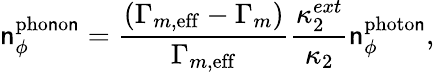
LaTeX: \mathsf{n}_{\phi}^{\mathrm{{pho\mathsf{n}o\mathsf{n}}}}=\frac{{\left(\Gamma_{m,\mathrm{{eff}}}-\Gamma_{m}\right)}}{{\Gamma_{m,\mathrm{{eff}}}}}\frac{{\kappa_{2}^{ext}}}{{\kappa_{2}}}\mathsf{n}_{\phi}^{\mathrm{{photo\mathsf{n}}}},